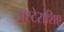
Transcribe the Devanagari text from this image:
अॅस्टेराशिए